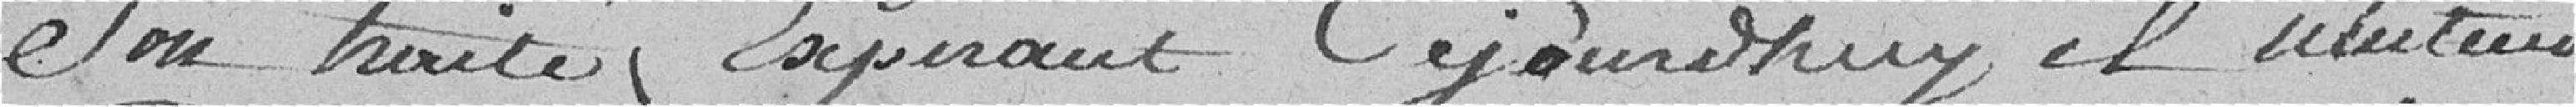
son traité expirant aujourd'hui il attend